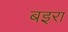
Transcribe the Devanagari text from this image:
बइरा